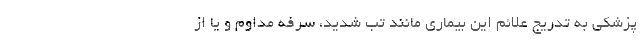
پزشکی به تدریج علائم این بیماری مانند تب شدید، سرفه مداوم و یا از